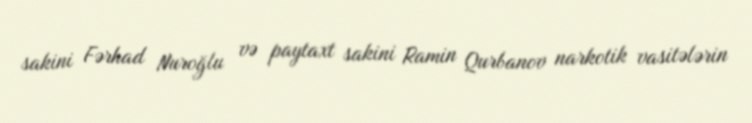
sakini Fərhad Nuroğlu və paytaxt sakini Ramin Qurbanov narkotik vasitələrin